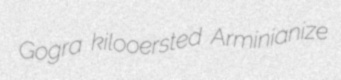
Gogra kilooersted Arminianize